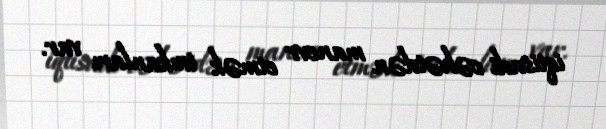
iqtisadi cəhətdən manevr etmək imkanları var.